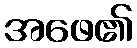
အဖေ၏